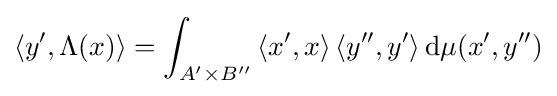
\left\langle y',\Lambda (x)\right\rangle =\int _{A'\times B''}\left\langle x',x\right\rangle \left\langle y'',y'\right\rangle \mathrm {d} \mu \!\left(x',y''\right)